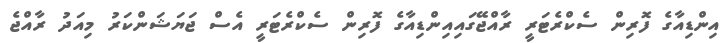
އިންޑިއާގެ ފޮރިން ސެކްރެޓަރީ ރާއްޖޭގައިއިންޑިއާގެ ފޮރިން ސެކްރެޓަރީ އެސް ޖަޔަޝަންކަރު މިއަދު ރާއްޖެ